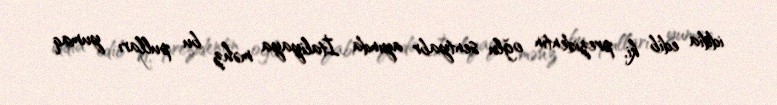
iddia edib ki, prezidentin oğlu sentyabr ayında İtaliyaya məhz bu pulları yumaq